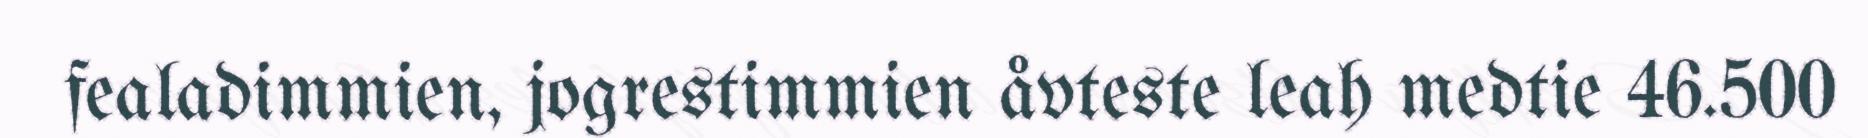
fealadimmien, jogrestimmien åvteste leah medtie 46.500